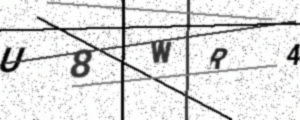
Text: U8WR4